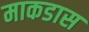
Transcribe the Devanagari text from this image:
माकडास